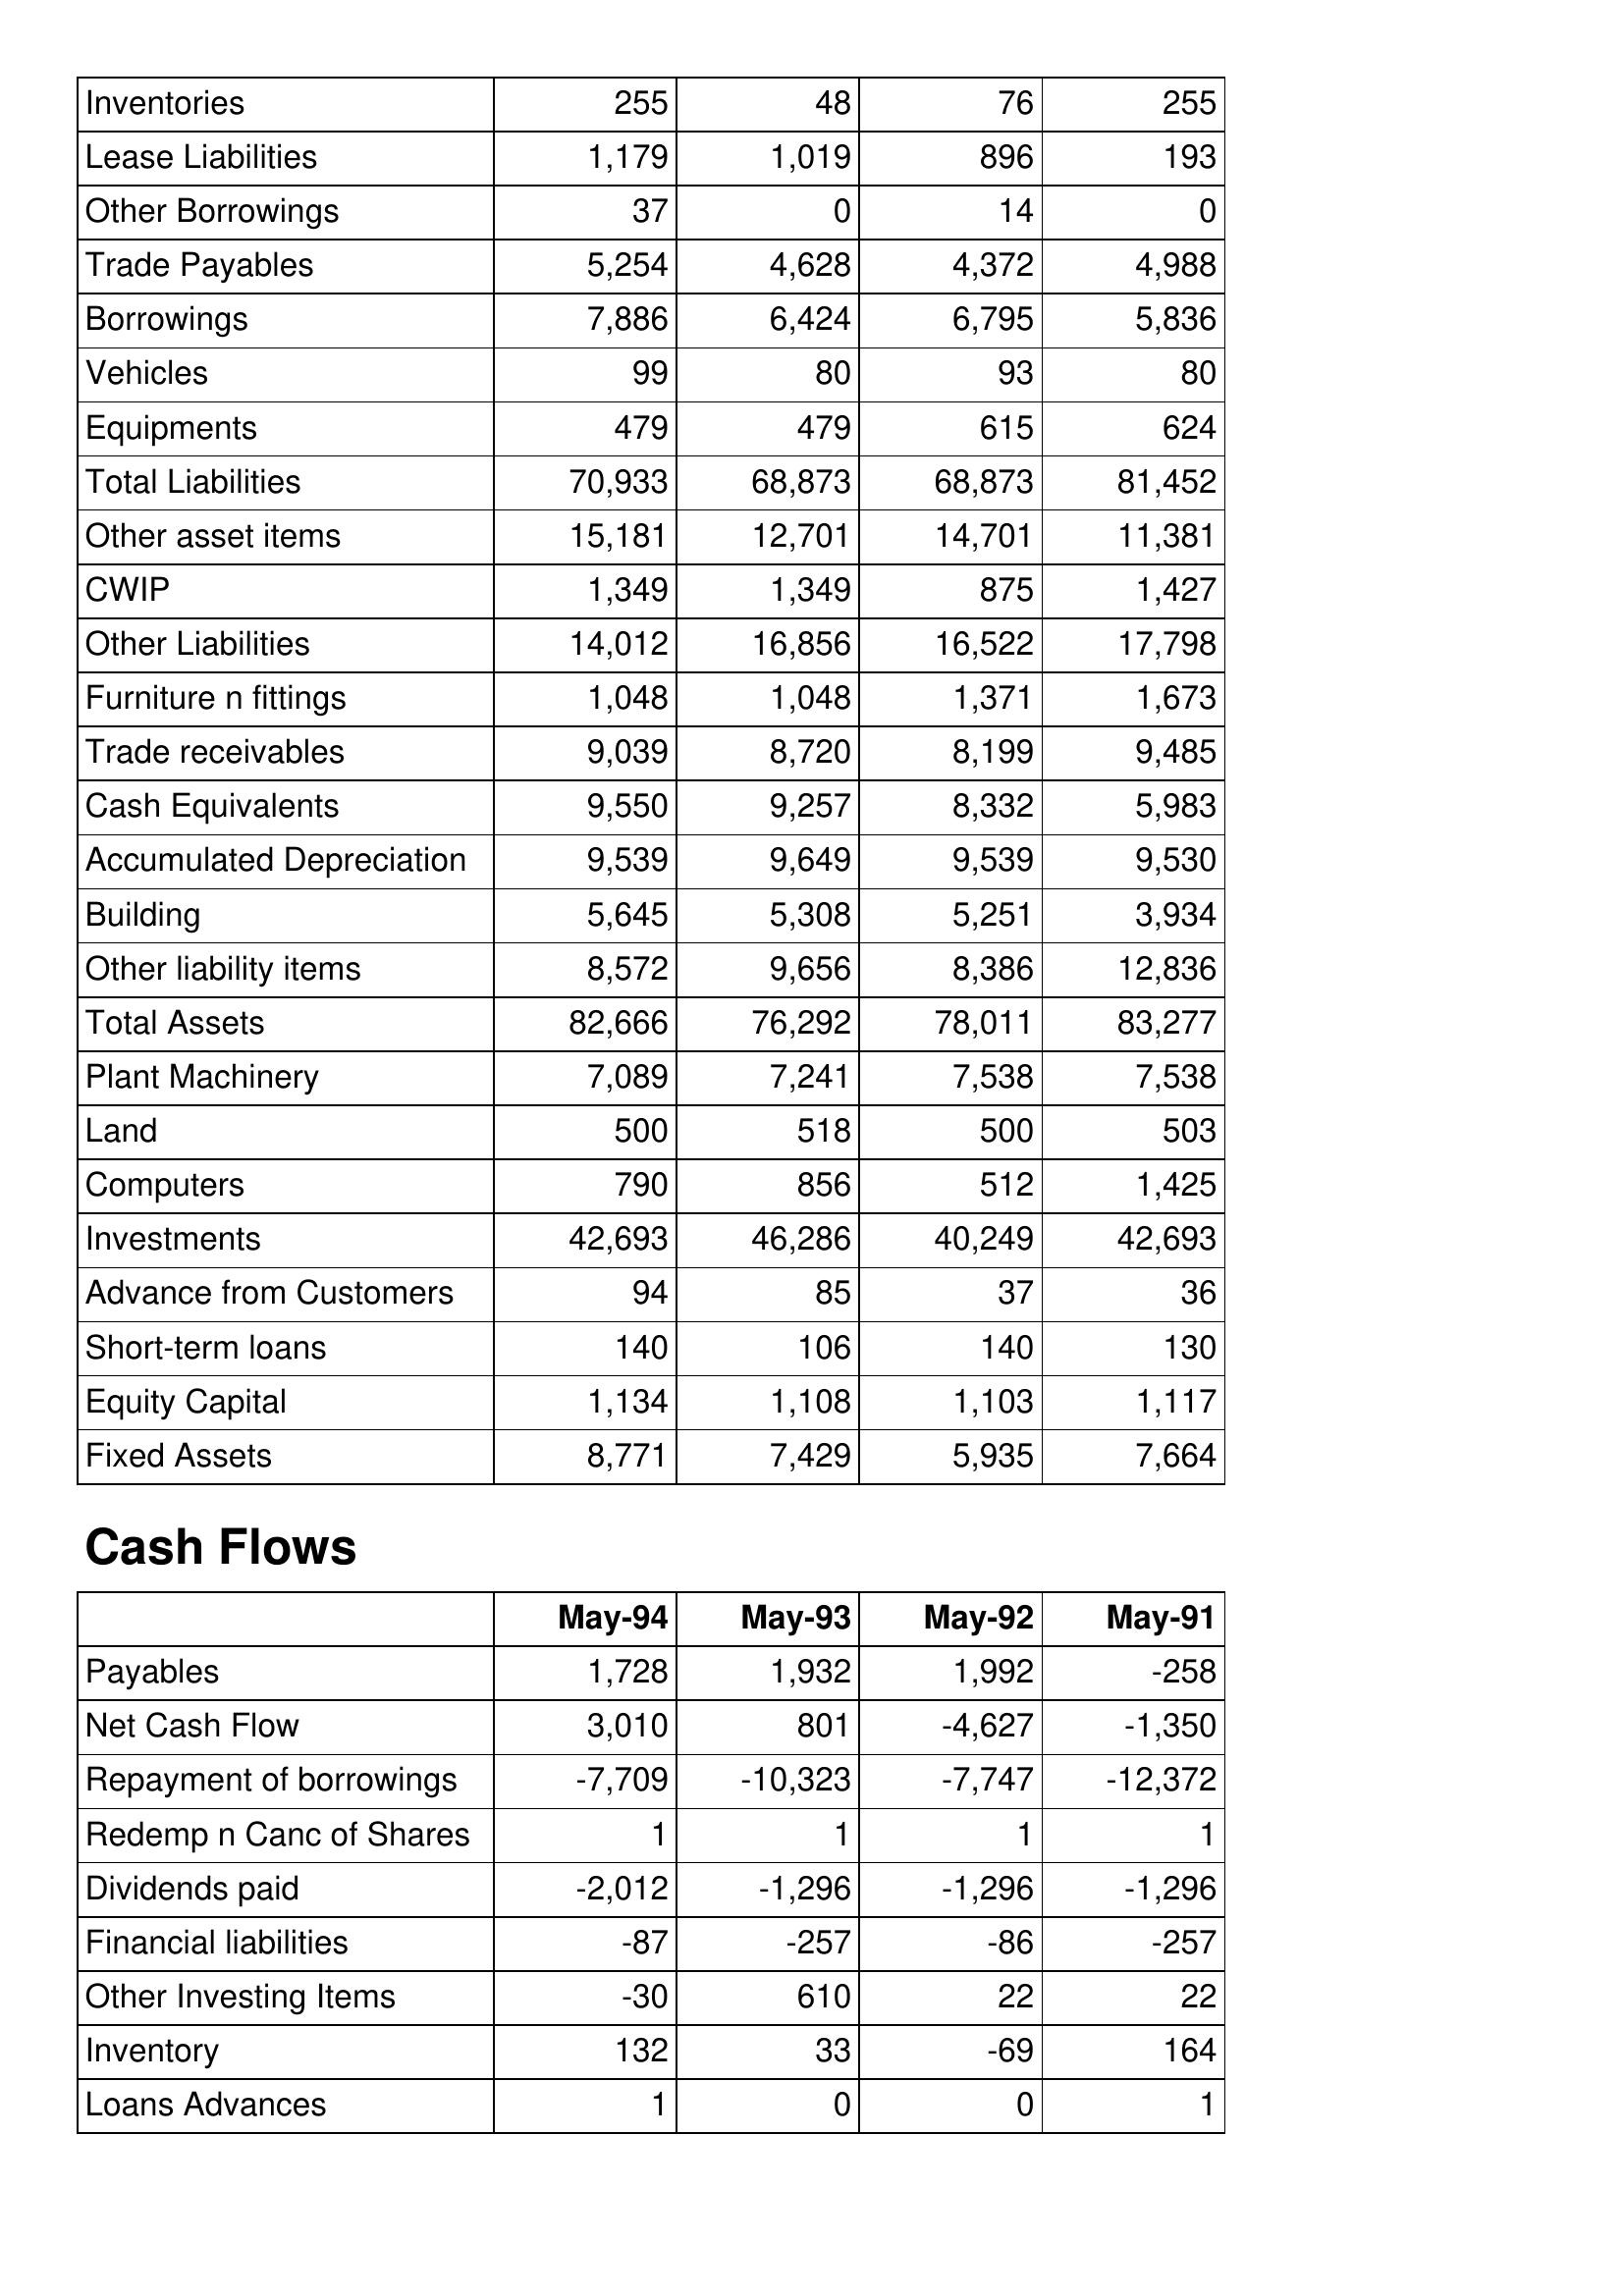
May-94: Balance Sheet: Inventories: 255
Lease Liabilities: 1,179
Other Borrowings: 37
Trade Payables: 5,254
Borrowings: 7,886
Vehicles: 99
Equipments: 479
Total Liabilities: 70,933
Other asset items: 15,181
CWIP: 1,349
Other Liabilities: 14,012
Furniture n fittings: 1,048
Trade receivables: 9,039
Cash Equivalents: 9,550
Accumulated Depreciation: 9,539
Building: 5,645
Other liability items: 8,572
Total Assets: 82,666
Plant Machinery: 7,089
Land: 500
Computers: 790
Investments: 42,693
Advance from Customers: 94
Short-term loans: 140
Equity Capital: 1,134
Fixed Assets: 8,771
Cash Flows: Payables: 1,728
Net Cash Flow: 3,010
Repayment of borrowings: -7,709
Redemp n Canc of Shares: 1
Dividends paid: -2,012
Financial liabilities: -87
Other Investing Items: -30
Inventory: 132
Loans Advances: 1
May-93: Balance Sheet: Inventories: 48
Lease Liabilities: 1,019
Other Borrowings: 0
Trade Payables: 4,628
Borrowings: 6,424
Vehicles: 80
Equipments: 479
Total Liabilities: 68,873
Other asset items: 12,701
CWIP: 1,349
Other Liabilities: 16,856
Furniture n fittings: 1,048
Trade receivables: 8,720
Cash Equivalents: 9,257
Accumulated Depreciation: 9,649
Building: 5,308
Other liability items: 9,656
Total Assets: 76,292
Plant Machinery: 7,241
Land: 518
Computers: 856
Investments: 46,286
Advance from Customers: 85
Short-term loans: 106
Equity Capital: 1,108
Fixed Assets: 7,429
Cash Flows: Payables: 1,932
Net Cash Flow: 801
Repayment of borrowings: -10,323
Redemp n Canc of Shares: 1
Dividends paid: -1,296
Financial liabilities: -257
Other Investing Items: 610
Inventory: 33
Loans Advances: 0
May-92: Balance Sheet: Inventories: 76
Lease Liabilities: 896
Other Borrowings: 14
Trade Payables: 4,372
Borrowings: 6,795
Vehicles: 93
Equipments: 615
Total Liabilities: 68,873
Other asset items: 14,701
CWIP: 875
Other Liabilities: 16,522
Furniture n fittings: 1,371
Trade receivables: 8,199
Cash Equivalents: 8,332
Accumulated Depreciation: 9,539
Building: 5,251
Other liability items: 8,386
Total Assets: 78,011
Plant Machinery: 7,538
Land: 500
Computers: 512
Investments: 40,249
Advance from Customers: 37
Short-term loans: 140
Equity Capital: 1,103
Fixed Assets: 5,935
Cash Flows: Payables: 1,992
Net Cash Flow: -4,627
Repayment of borrowings: -7,747
Redemp n Canc of Shares: 1
Dividends paid: -1,296
Financial liabilities: -86
Other Investing Items: 22
Inventory: -69
Loans Advances: 0
May-91: Balance Sheet: Inventories: 255
Lease Liabilities: 193
Other Borrowings: 0
Trade Payables: 4,988
Borrowings: 5,836
Vehicles: 80
Equipments: 624
Total Liabilities: 81,452
Other asset items: 11,381
CWIP: 1,427
Other Liabilities: 17,798
Furniture n fittings: 1,673
Trade receivables: 9,485
Cash Equivalents: 5,983
Accumulated Depreciation: 9,530
Building: 3,934
Other liability items: 12,836
Total Assets: 83,277
Plant Machinery: 7,538
Land: 503
Computers: 1,425
Investments: 42,693
Advance from Customers: 36
Short-term loans: 130
Equity Capital: 1,117
Fixed Assets: 7,664
Cash Flows: Payables: -258
Net Cash Flow: -1,350
Repayment of borrowings: -12,372
Redemp n Canc of Shares: 1
Dividends paid: -1,296
Financial liabilities: -257
Other Investing Items: 22
Inventory: 164
Loans Advances: 1